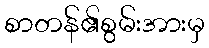
စာတန်၏စွမ်းအားမှ